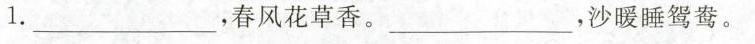
1.___，春风花草香。___，沙暖睡鸳鸯。